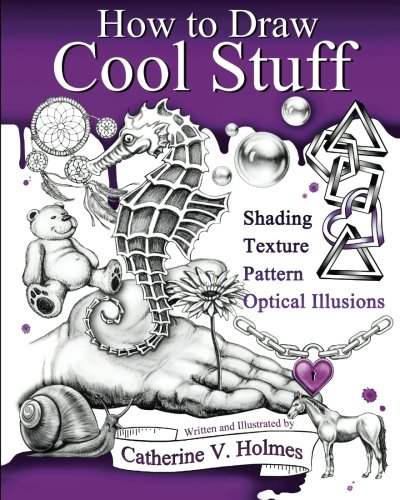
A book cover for How to Draw Cool Stuff: Shading, Textures and Optical Illusions; Catherine Holmes; Arts & Photography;